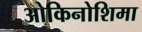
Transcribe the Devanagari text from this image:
ओकिनोशिमा